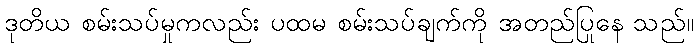
ဒုတိယ စမ်းသပ်မှုကလည်း ပထမ စမ်းသပ်ချက်ကို အတည်ပြုနေ သည်။